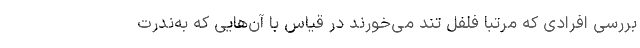
بررسی افرادی که مرتباً فلفل تند می‌خورند در قیاس با آن‌هایی که به‌ندرت